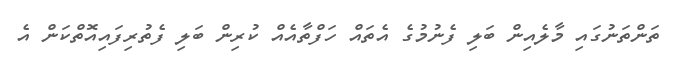
ތަންތަނުގައި މާލެއިން ބަލި ފެނުމުގެ އެތައް ހަފްތާއެއް ކުރިން ބަލި ފެތުރިފައިއޮތްކަން އެ